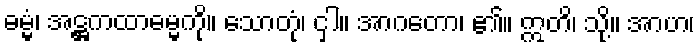
ဓမ္မံ၊ အဋ္ဌကထာဓမ္မကို။ သောတုံ၊ ငှါ။ အာဂတော၊ ၏။ ဣတိ၊ သို့။ အာဟ၊